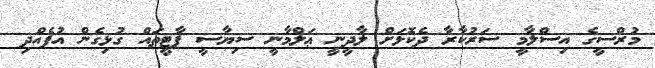
މުރްސީގެ އިސްލާމީ ސަރުކާރާ ދެކޮޅަށް ލާދީނީ ޢަލްމާނީ ސިޔާސީ ޕާޓީތައް ގުޅިގެން އުފެއްދި